Sanitation, dispensaries and jails vaccination Rajputana 1922-1927 - 1922-1927
Year: 1922
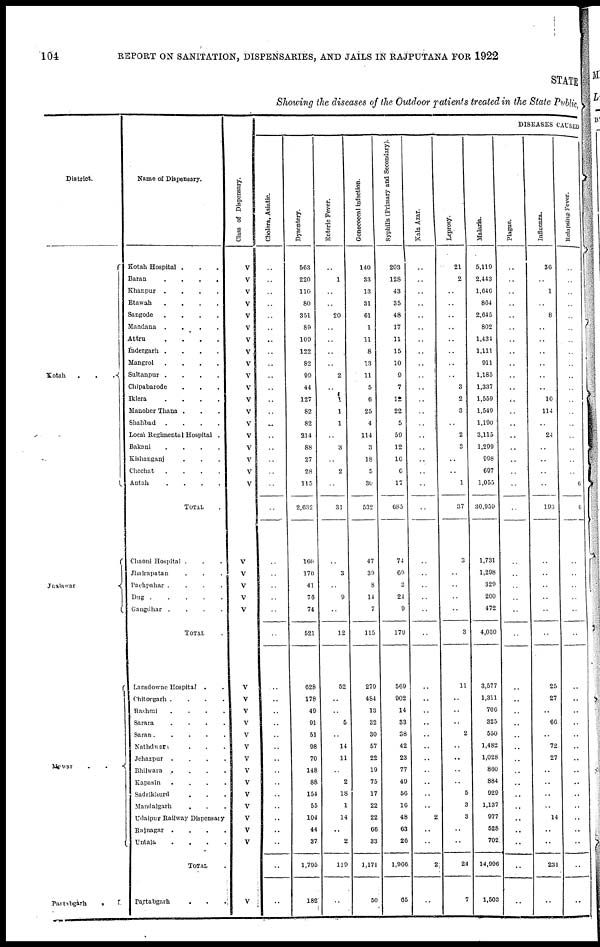
104
REPORT ON SANITATION, DISPENSARIES, AND JAILS IN RAJPUTANA FOR 1922
STATE
Showing the diseases of the Outdoor patients treated in the State Public,
District.
Kotah...
Jhalswar
Mewar..
Partabgarh.
Name of Dispensary.
Kotah Hospital...
Baran....
Khanpur....
Etawah....
Sangode....
Mandana....
Attru....
Indergarh....
Mangrol....
Sultanpur....
Chipabarode...
Iklera....
Manoher Thana ...
Shahbad....
Local Regimental Hospital.
Bakani....
Kishanganj...
Chechat....
Antah....
TOTAL.
Chaoni Hospital...
Jhalrapatan...
Pachpahar....
Dug
Gangdhar....
TOTAL
Lansdowne Hospital..
Chitorgarh....
Rashmi....
Sarara....
Saran.....
Nathdwara...
Jehazpur....
Bhilwara....
Kapasin....
Sadrikhurd...
Mandalgarh...
Udaipur Railway Dispensary
Rajnagar....
Untala....
TOTAL.
Partabgarh...
Class of Dispensary.
V
V
V
V
V
V
V
V
V
V
V
V
V
V
V
V
V
V
V
V
V
V
V
V
V
V
V V
V
V
V
V
V
V
V
V
V
V
V
DISEASES CAUSED
Cholera, Asiatic.
..
..
..
..
..
..
..
..
..
..
..
..
..
..
..
..
..
..
..
..
..
..
..
..
..
..
..
..
..
..
..
..
..
..
..
..
..
..
..
..
..
..
Dysentery.
563
220
110
80
351
89
109
122
82
99
44
127
82
82
214
88
27
28
115
2,632
160
170
41
76
74
521
628
178
40
91
51
98
70
148
88
154
55
104
44
37
1,795
182
Enteric Fever.
..
1
..
..
20
..
..
..
..
2
..
1
1
1
..
3
..
2
..
31
..
3
..
9
..
12
52
..
..
5
..
14
11
..
2
18
1
14
..
2
119
..
Gonococcal infection.
140
33
13
31
61
1
11
8
13
11
5
6
25
4
114
3
18
5
30
532
47
39
8
14
7
115
279
484
13
32
30
57
22
19
75
17
22
22
66
33
1,171
50
Syphilis (Primary and Secondary).
203
128
43
35
48
17
11
15
10
9
7
12
22
5
59
12
16
6
17
685
74
69
3
24
9
179
569
902
14
33
38
42
23
77
49
50
16
48
63
26
1,966
65
Kala Azar.
..
..
..
..
..
..
..
..
..
1
..
..
..
..
..
..
..
..
..
..
..
..
..
..
..
..
..
..
..
..
..
..
..
..
..
..
..
2
..
..
2
..
Leprosy.
21
2
..
..
..
..
..
..
..
..
3
2
3
..
2
3
..
..
1
37
3
..
..
..
..
3
11
..
..
..
2
..
..
..
..
5
3
3
..
..
24
7
Malaria.
5,119
2,443
1,646
864
2,645
802
1,434
1,111
911
1,185
1,337
1,559
1,540
1,190
3,115
1,299
998
697
1,055
30,059
1,731
1,298
329
200
472
4,030
3,577
1,311
706
325
550
1,482
1,028
860
884
929
1,137
977
528
702
14,996
1,503
Plague.
..
..
..
..
..
..
..
..
..
..
..
..
..
..
..
..
..
..
..
..
..
..
..
..
..
..
..
..
..
..
..
..
..
..
..
..
..
..
..
..
..
..
Influenza.
36
..
1
..
8
..
..
..
..
..
..
10
114
..
24
..
..
..
..
193
..
..
..
..
..
..
25
27
..
66
..
72
27
..
..
..
..
14
..
..
231
..
Relapsing Fever.
..
..
..
..
..
..
..
..
..
..
..
..
..
..
..
..
..
..
6
6
..
..
..
..
..
..
..
..
..
..
..
..
..
..
..
..
..
..
..
..
..
..